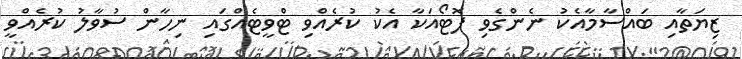
ޒިޔަތާއި ބައްސާމާއެކު ނެންގެވި ފޮޓޯއަކާ އެކު ކުރެއްވި ޓްވީޓެއްގައި ނިހާން ސުވާލު ކުރެއްވީ